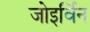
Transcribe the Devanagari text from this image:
जोइर्विन